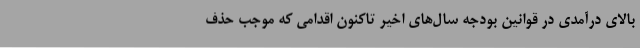
بالای درآمدی در قوانین بودجه سال‌های اخیر تاکنون اقدامی که موجب حذف